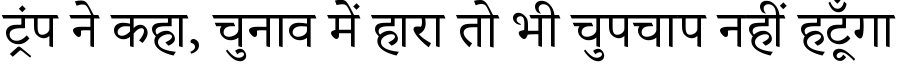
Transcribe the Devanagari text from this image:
ट्रंप ने कहा, चुनाव में हारा तो भी चुपचाप नहीं हटूँगा